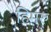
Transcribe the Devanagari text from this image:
हिमरु